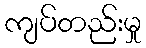
ကျပ်တည်းမှု